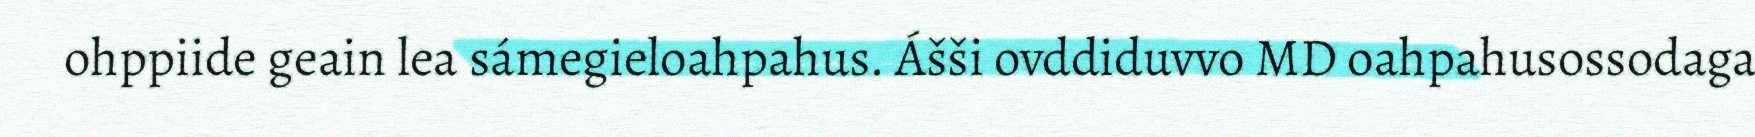
ohppiide geain lea sámegieloahpahus. Ášši ovddiduvvo MD oahpahusossodaga